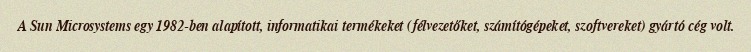
A Sun Microsystems egy 1982-ben alapított, informatikai termékeket (félvezetőket, számítógépeket, szoftvereket) gyártó cég volt.